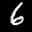
Label: 6